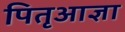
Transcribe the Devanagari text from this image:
पितृआज्ञा